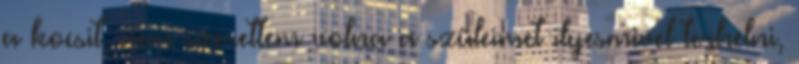
a kocsit, nem szerettem volna a szüleimet ilyesmivel terhelni,